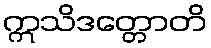
ဣသိဒတ္တောတိ